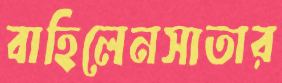
বাহিলেনসাতার